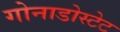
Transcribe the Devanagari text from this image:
गोनाडोस्टेट